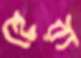
হেরা